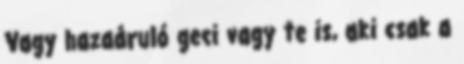
Vagy hazaáruló geci vagy te is, aki csak a